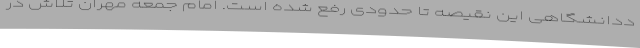
ددانشگاهی این نقیصه تا حدودی رفع شده است. امام جمعه مهران تلاش در